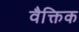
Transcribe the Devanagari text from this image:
वैक्तिक